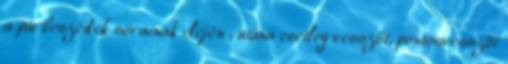
a párbeszédek sorainak elején , utána esetleg vesszőt, pontosvesszőt